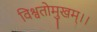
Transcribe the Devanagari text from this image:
विश्वतोमुखम्‌।।